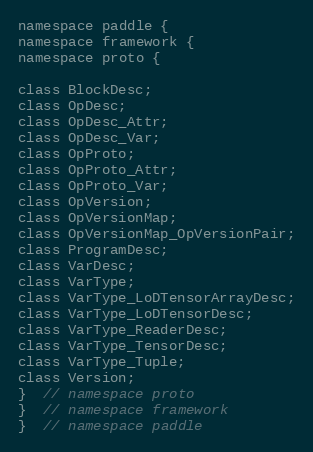
Language: C
namespace paddle {
namespace framework {
namespace proto {

class BlockDesc;
class OpDesc;
class OpDesc_Attr;
class OpDesc_Var;
class OpProto;
class OpProto_Attr;
class OpProto_Var;
class OpVersion;
class OpVersionMap;
class OpVersionMap_OpVersionPair;
class ProgramDesc;
class VarDesc;
class VarType;
class VarType_LoDTensorArrayDesc;
class VarType_LoDTensorDesc;
class VarType_ReaderDesc;
class VarType_TensorDesc;
class VarType_Tuple;
class Version;
}  // namespace proto
}  // namespace framework
}  // namespace paddle